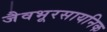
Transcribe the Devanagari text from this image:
जैवभूरसायनिक